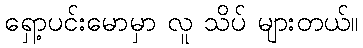
ရှော့ပင်းမောမှာ လူ သိပ် များတယ်။